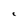
Character: C